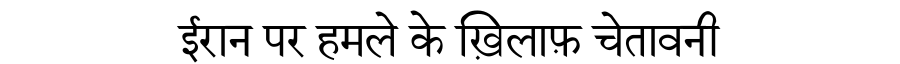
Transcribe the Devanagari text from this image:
ईरान पर हमले के ख़िलाफ़ चेतावनी